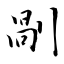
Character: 剮